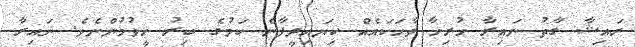
ރައިޝާ ގާތު ނައިރާ ހުރިހާ ވާހަކައެއް ކިޔައިދީފާނެ ކަމުގެ ބިރު ހީވުމުންނެވެ. ނައިރާ